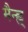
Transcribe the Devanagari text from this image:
मैन्ह्न्